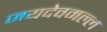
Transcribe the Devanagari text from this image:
जयदेवमल्ल